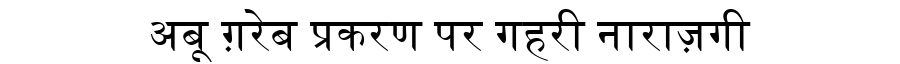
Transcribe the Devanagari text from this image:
अबू ग़रेब प्रकरण पर गहरी नाराज़गी